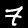
Digit: 7